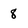
Character: 8